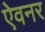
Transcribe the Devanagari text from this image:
ऐवनर